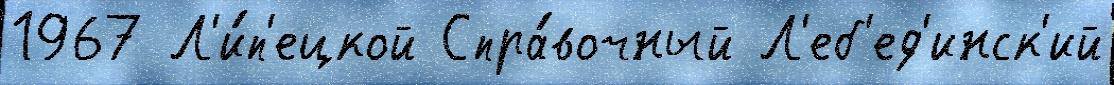
1967 Л'и́п'ецкой Спра́вочный Л'еб'ед'инск'ий